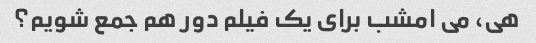
هی، می امشب برای یک فیلم دور هم جمع شویم؟